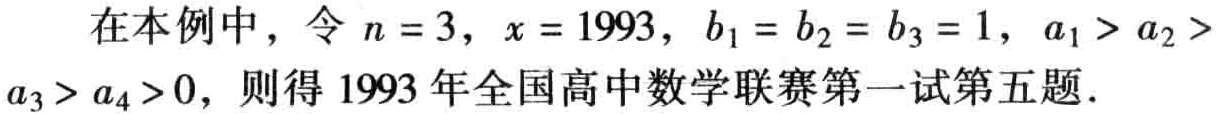
在本例中，令 \(n = 3\)，\(x = 1993\)，\(b_1 = b_2 = b_3 = 1\)，\(a_1 > a_2 > a_3 > a_4 > 0\)，则得 1993 年全国高中数学联赛第一试第五题．